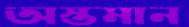
অস্তমান